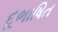
દૂભાષિત